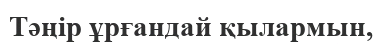
Тәңiр ұрғандай қылармын,